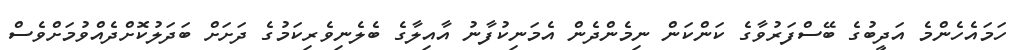
ހަމައެހެންމެ އަދީބުގެ ބޭސްފަރުވާގެ ކަންކަން ނިމެންދެން އެމަނިކުފާނު އާއިލާގެ ބެލެނިވެރިކަމުގެ ދަށަށް ބަދަލުކޮށްދެއްވުމަށްވެސް